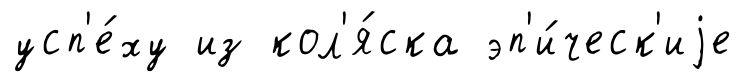
усп'е́ху из кол'я́ска эп'и́ческ'иjе